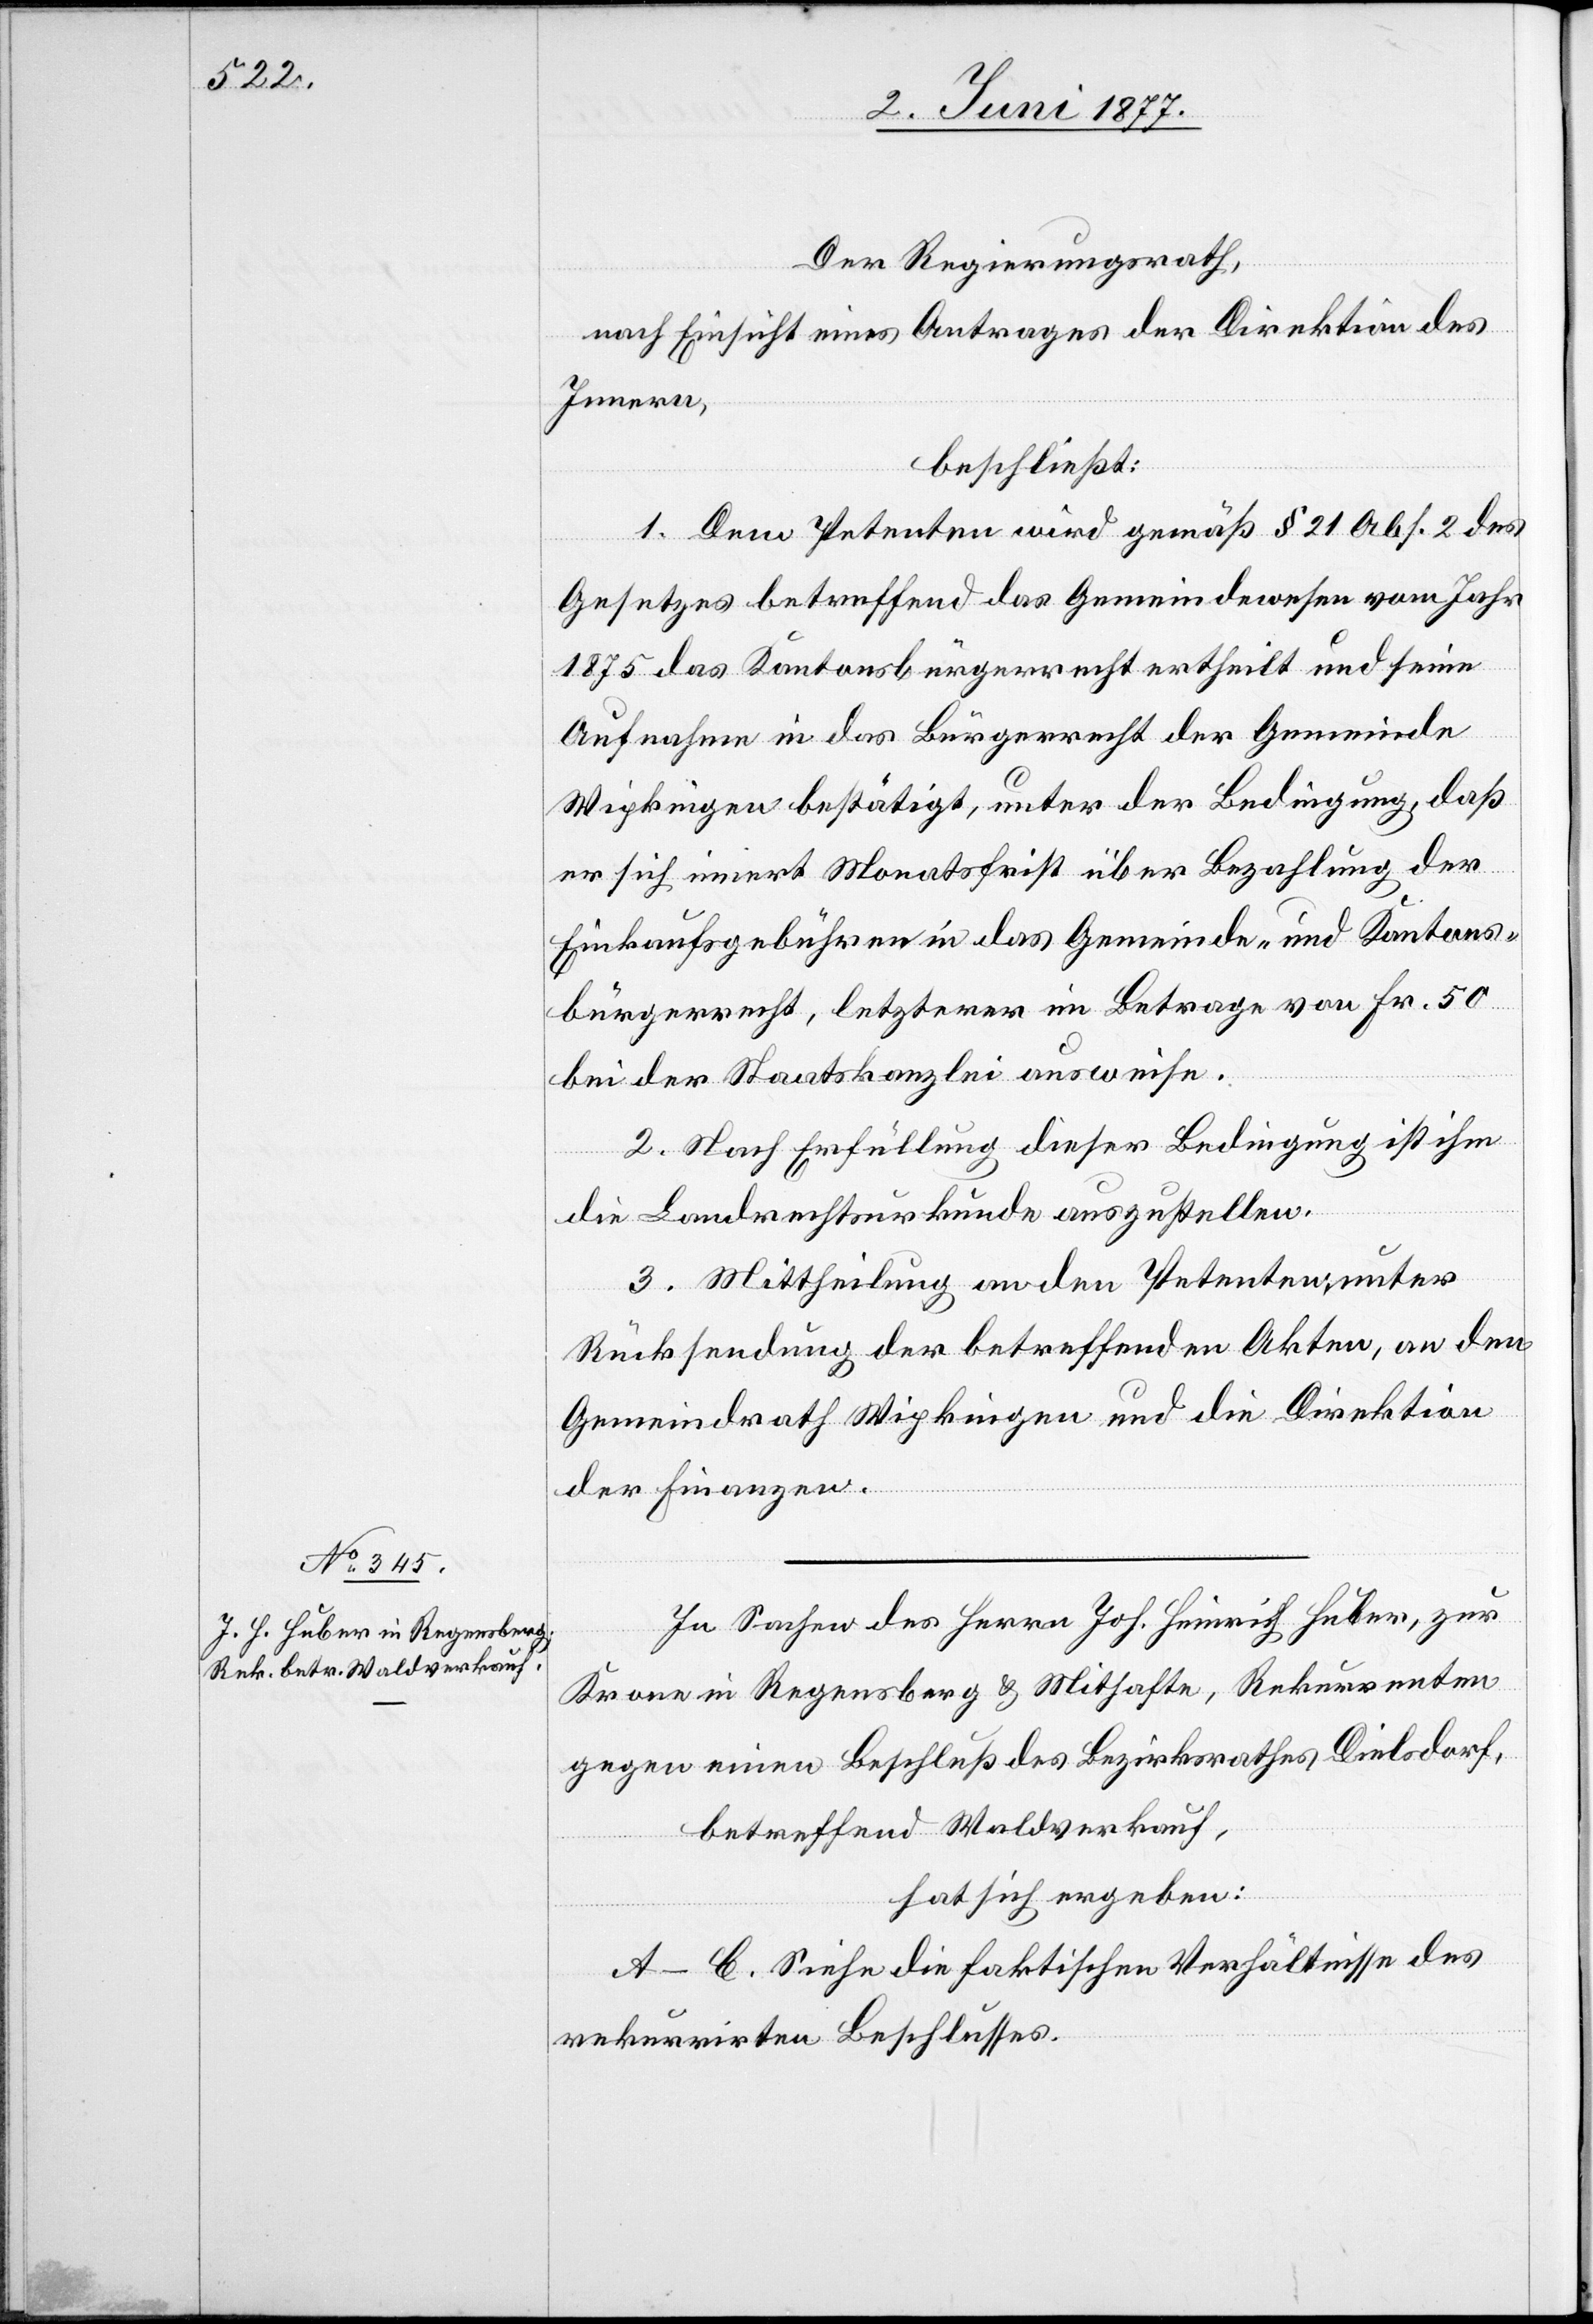
Der Regierungsrath,
nach Einsicht eines Antrages der Direktion des
Innern,
beschließt:
1. Dem Petenten wird gemäß § 21 Abs. 2 des
Gesetzes betreffend das Gemeindewesen vom Jahr
1875 das Kantonsbürgerrecht ertheilt und seine
Aufnahme in das Bürgerrecht der Gemeinde
Wipkingen bestätigt, unter der Bedingung, daß
er sich innert Monatsfrist über Bezahlung der
Einkaufsgebühren in das Gemeinde- und Kantons¬
bürgerrecht, letzterer im Betrag von Fr. 50
bei der Staatskanzlei ausweise.
2. Nach Erfüllung dieser Bedingung ist ihm
die Landrechtsurkunde auszustellen.
3. Mittheilung an den Petenten, unter
Rücksendung der betreffenden Akten, an den
Gemeindrath Wipkingen und die Direktion
der Finanzen.
In Sachen des Herrn Joh. Heinrich Huber, zur
Krone in Regensberg & Mithafte, Rekurrenten
gegen einen Beschluß des Bezirksrathes Dielsdorf,
betreffend Waldverkauf,
hat sich ergeben:
A–C. Siehe die faktischen Verhältnisse des
rekurrirten Beschlusses.